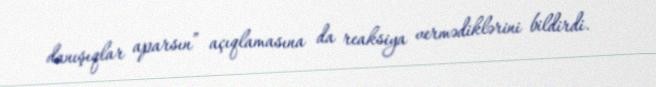
danışıqlar aparsın” açıqlamasına da reaksiya vermədiklərini bildirdi.